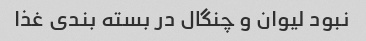
نبود لیوان و چنگال در بسته بندی غذا